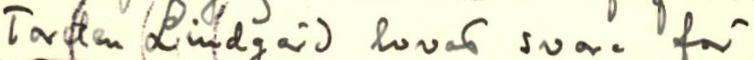
Torsten Lindgård lovad svara för